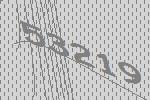
53219